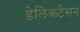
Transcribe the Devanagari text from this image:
डेलिकटेसन